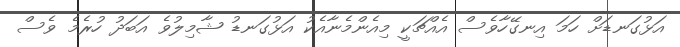
އަޅުގަނޑަށް ހަމަ އިނގޭހާވެސް އެއްޗަކީ މިއެންމެނާއެކު އަޅުގަނޑު ޝާމިލުވެ އަބަދު ހުރެމެ ވެސް